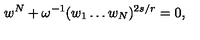
w ^ { N } + \omega ^ { - 1 } ( w _ { 1 } \ldots w _ { N } ) ^ { 2 s / r } = 0 ,